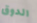
الدوق